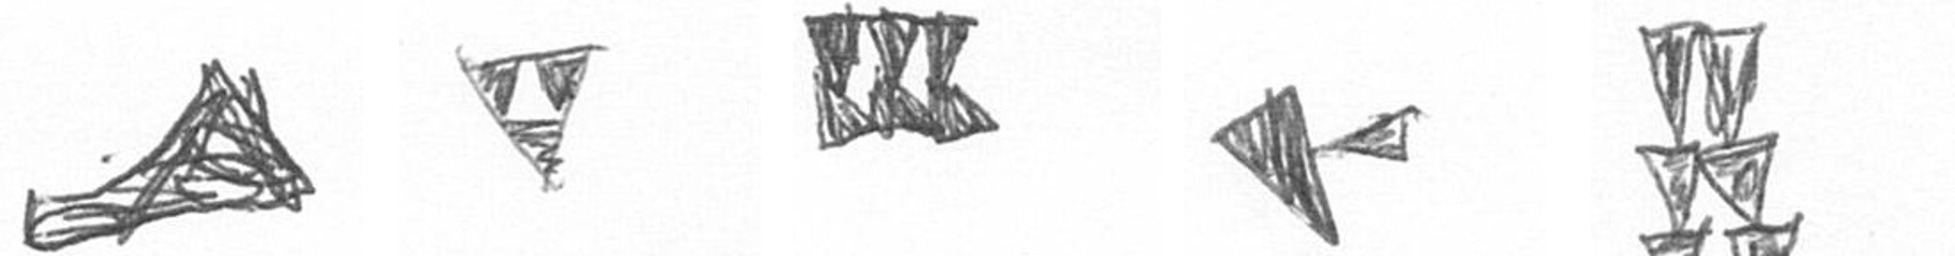
O S D F Y